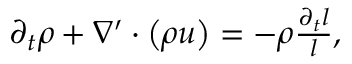
\begin{array} { r } { \partial _ { t } \rho + \nabla ^ { \prime } \cdot \left( \rho \boldsymbol { u } \right) = - \rho \frac { \partial _ { t } l } { l } , } \end{array}